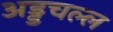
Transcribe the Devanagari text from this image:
अड्डचल्ल